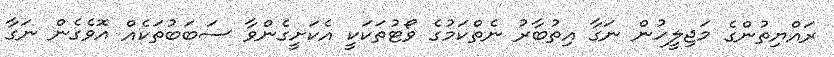
ރައްޔިތުންގެ މަޖިލީހުން ނަގާ އިތުބާރު ނެތްކަމުގެ ވޯޓުތަކަކީ އެކަށީގެންވާ ސަބަބުތަކެއް އޮވެގެން ނަގާ